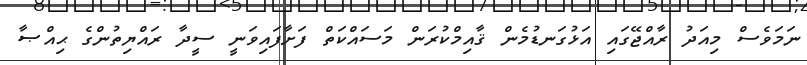
ނަމަވެސް މިއަދު ރާއްޖޭގައި އަޅުގަނޑުމެން ޤާއިމްކުރަން މަސައްކަތް ފަށާފައިވަނީ ސީދާ ރައްޔިތުންގެ ޙިއްޞާ